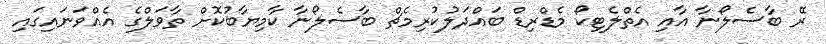
ރޭ ބާސެލޯނާ އާއި އެތްލެޓިކޯ މެޑްރިޑް ބައްދަލުކުރިމެޗް ބާސެލޯނާ ކާމިޔާބުކޮށް ތާވަލްގެ އެއްވަނައިގައި